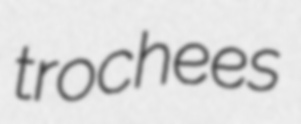
trochees